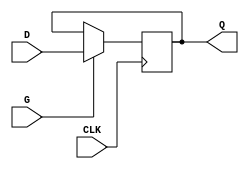
module edge_triggered_gated_latch (
    input wire D,      // Data Input
    input wire CLK,    // Clock Input
    input wire G,      // Gate Input
    output reg Q       // Output
);

// Always block that is sensitive to the rising edge of the clock (CLK)
always @(posedge CLK) begin
    if (G) begin
        // If gate (G) is high, capture the data (D)
        Q <= D;
    end
    // If gate (G) is low, Q retains its previous value
end

endmodule